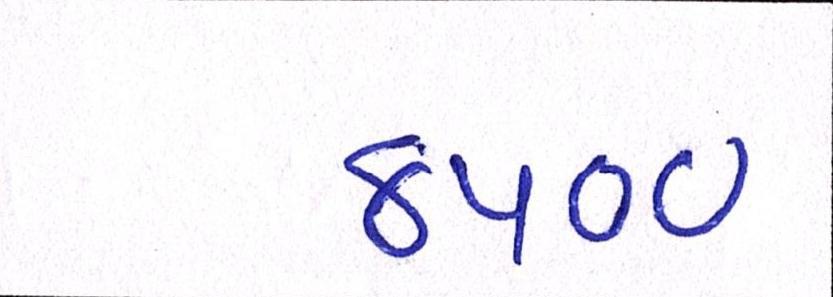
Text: ૪૫૦૦